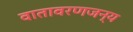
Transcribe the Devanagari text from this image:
वातावरणजन्य